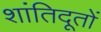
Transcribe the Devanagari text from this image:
शांतिदूतों